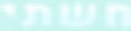
חשתי